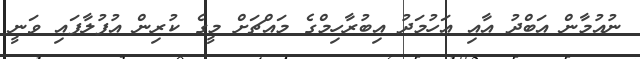
ނުއުމާން އަބްދު އާއި އަހުމަދު އިބުރާހިމްގެ މައްޗަށް މީގެ ކުރިން އުފުލާފައި ވަނީ